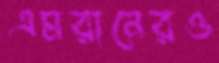
এমরানেরও